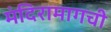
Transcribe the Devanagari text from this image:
मंदिरामागची